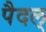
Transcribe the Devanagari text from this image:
पैदल्